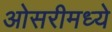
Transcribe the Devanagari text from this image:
ओसरीमध्ये